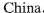
China.